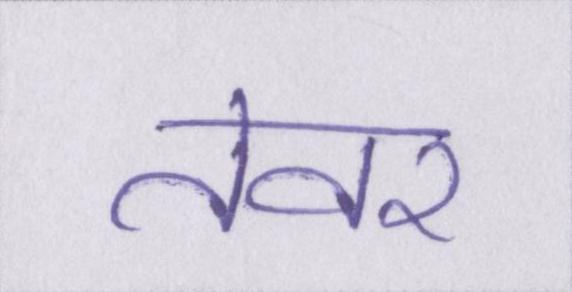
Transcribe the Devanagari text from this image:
तेवर